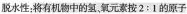
脱水性；将有机物中的氢，氧元素按：2:1的原子